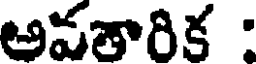
అవతారిక :